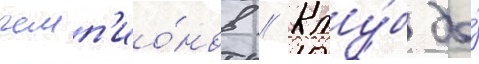
чемп'ио́нов // Клу́б до́